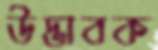
উদ্ভাবক